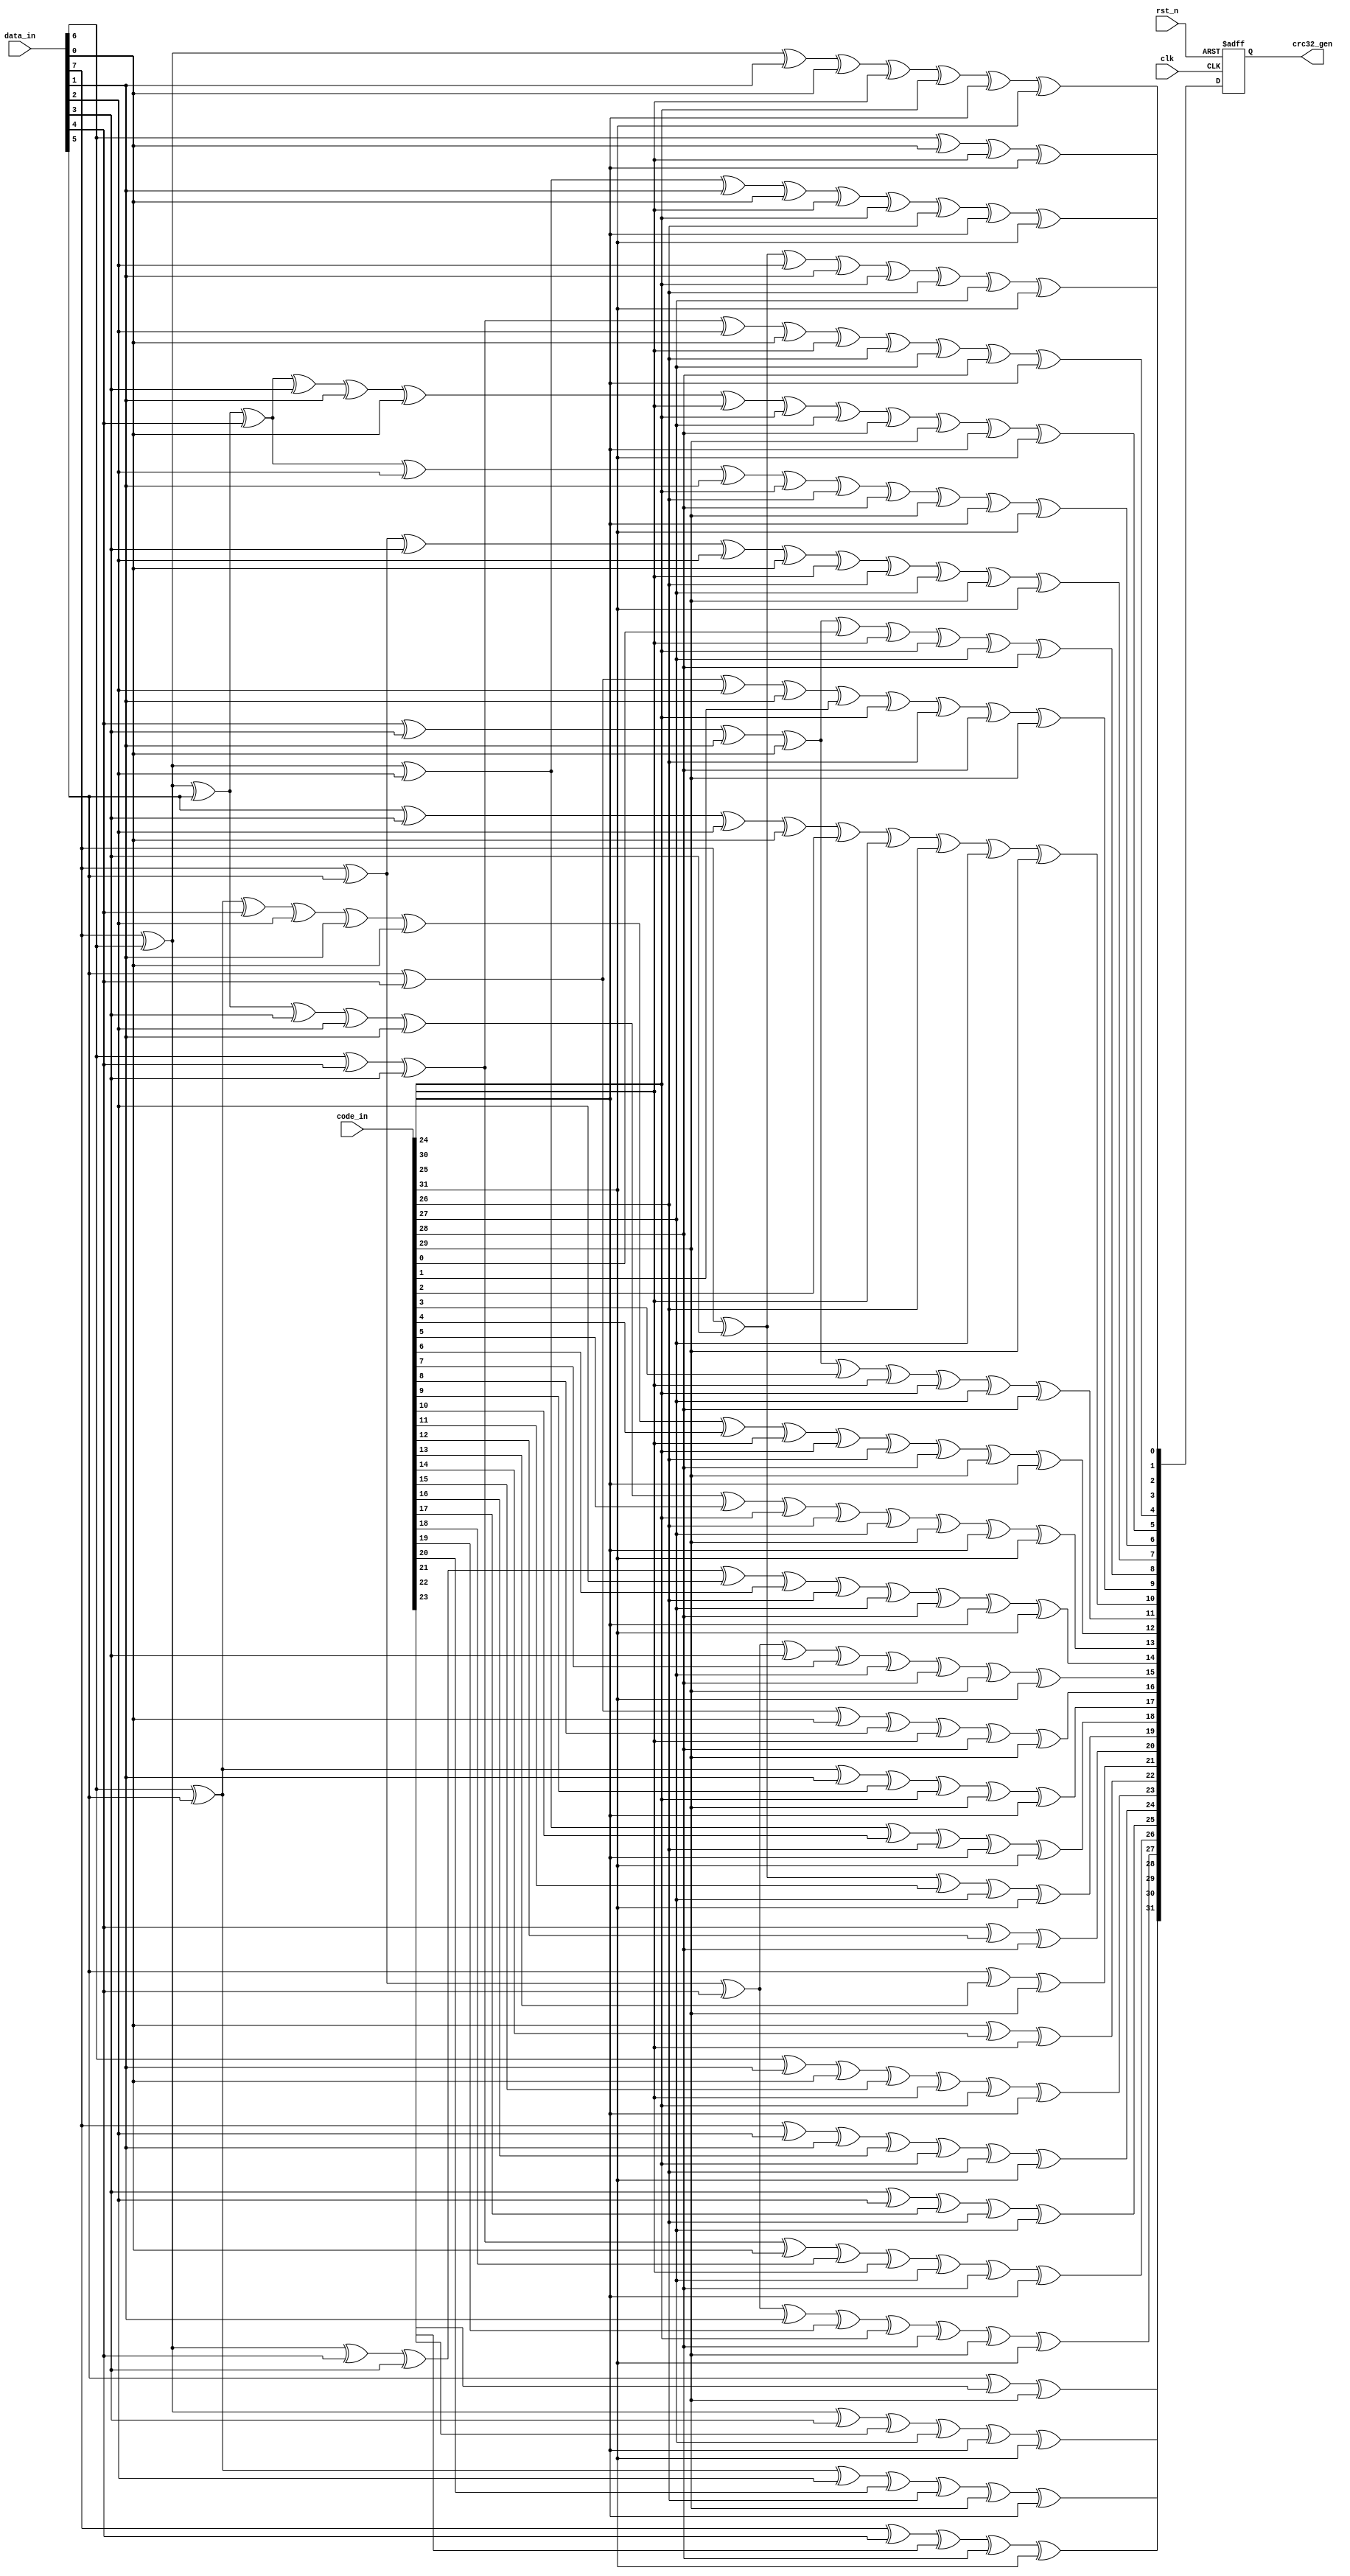
module CRC_32_parallel (
  input clk,
  input rst_n,
  input [7:0] data_in,
  input [31:0] code_in,
  output reg [31:0] crc32_gen
);

  always @(posedge clk or negedge rst_n) begin
    if (~rst_n) begin
      crc32_gen <= 32'hffffffff;
    end
    else begin
      // CRC Code Generate
      crc32_gen[0] <= data_in[6] ^ data_in[0] ^ code_in[24] ^ code_in[30];
      crc32_gen[1] <= data_in[7] ^ data_in[6] ^ data_in[1] ^ data_in[0] ^ code_in[24] ^ code_in[25] ^ code_in[30] ^ code_in[31];
      crc32_gen[2] <= data_in[7] ^ data_in[6] ^ data_in[2] ^ data_in[1] ^ data_in[0] ^ code_in[24] ^ code_in[25] ^ code_in[26] ^ code_in[30] ^ code_in[31];
      crc32_gen[3] <= data_in[7] ^ data_in[3] ^ data_in[2] ^ data_in[1] ^ code_in[25] ^ code_in[26] ^ code_in[27] ^ code_in[31];
      crc32_gen[4] <= data_in[6] ^ data_in[4] ^ data_in[3] ^ data_in[2] ^ data_in[0] ^ code_in[24] ^ code_in[26] ^ code_in[27] ^ code_in[28] ^ code_in[30];
      crc32_gen[5] <= data_in[7] ^ data_in[6] ^ data_in[5] ^ data_in[4] ^ data_in[3] ^ data_in[1] ^ data_in[0] ^ code_in[24] ^ code_in[25] ^ code_in[27] ^ code_in[28] ^ code_in[29] ^ code_in[30] ^ code_in[31];
      crc32_gen[6] <= data_in[7] ^ data_in[6] ^ data_in[5] ^ data_in[4] ^ data_in[2] ^ data_in[1] ^ code_in[25] ^ code_in[26] ^ code_in[28] ^ code_in[29] ^ code_in[30] ^ code_in[31];
      crc32_gen[7] <= data_in[7] ^ data_in[5] ^ data_in[3] ^ data_in[2] ^ data_in[0] ^ code_in[24] ^ code_in[26] ^ code_in[27] ^ code_in[29] ^ code_in[31];
      crc32_gen[8] <= data_in[4] ^ data_in[3] ^ data_in[1] ^ data_in[0] ^ code_in[0] ^ code_in[24] ^ code_in[25] ^ code_in[27] ^ code_in[28];
      crc32_gen[9] <= data_in[5] ^ data_in[4] ^ data_in[2] ^ data_in[1] ^ code_in[1] ^ code_in[25] ^ code_in[26] ^ code_in[28] ^ code_in[29];
      crc32_gen[10] <= data_in[5] ^ data_in[3] ^ data_in[2] ^ data_in[0] ^ code_in[2] ^ code_in[24] ^ code_in[26] ^ code_in[27] ^ code_in[29];
      crc32_gen[11] <= data_in[4] ^ data_in[3] ^ data_in[1] ^ data_in[0] ^ code_in[3] ^ code_in[24] ^ code_in[25] ^ code_in[27] ^ code_in[28];
      crc32_gen[12] <= data_in[6] ^ data_in[5] ^ data_in[4] ^ data_in[2] ^ data_in[1] ^ data_in[0] ^ code_in[4] ^ code_in[24] ^ code_in[25] ^ code_in[26] ^ code_in[28] ^ code_in[29] ^ code_in[30];
      crc32_gen[13] <= data_in[7] ^ data_in[6] ^ data_in[5] ^ data_in[3] ^ data_in[2] ^ data_in[1] ^ code_in[5] ^ code_in[25] ^ code_in[26] ^ code_in[27] ^ code_in[29] ^ code_in[30] ^ code_in[31];
      crc32_gen[14] <= data_in[7] ^ data_in[6] ^ data_in[4] ^ data_in[3] ^ data_in[2] ^ code_in[6] ^ code_in[26] ^ code_in[27] ^ code_in[28] ^ code_in[30] ^ code_in[31];
      crc32_gen[15] <= data_in[7] ^ data_in[5] ^ data_in[4] ^ data_in[3] ^ code_in[7] ^ code_in[27] ^ code_in[28] ^ code_in[29] ^ code_in[31];
      crc32_gen[16] <= data_in[5] ^ data_in[4] ^ data_in[0] ^ code_in[8] ^ code_in[24] ^ code_in[28] ^ code_in[29];
      crc32_gen[17] <= data_in[6] ^ data_in[5] ^ data_in[1] ^ code_in[9] ^ code_in[25] ^ code_in[29] ^ code_in[30];
      crc32_gen[18] <= data_in[7] ^ data_in[6] ^ data_in[2] ^ code_in[10] ^ code_in[26] ^ code_in[30] ^ code_in[31];
      crc32_gen[19] <= data_in[7] ^ data_in[3] ^ code_in[11] ^ code_in[27] ^ code_in[31];
      crc32_gen[20] <= data_in[4] ^ code_in[12] ^ code_in[28];
      crc32_gen[21] <= data_in[5] ^ code_in[13] ^ code_in[29];
      crc32_gen[22] <= data_in[0] ^ code_in[14] ^ code_in[24];
      crc32_gen[23] <= data_in[6] ^ data_in[1] ^ data_in[0] ^ code_in[15] ^ code_in[24] ^ code_in[25] ^ code_in[30];
      crc32_gen[24] <= data_in[7] ^ data_in[2] ^ data_in[1] ^ code_in[16] ^ code_in[25] ^ code_in[26] ^ code_in[31];
      crc32_gen[25] <= data_in[3] ^ data_in[2] ^ code_in[17] ^ code_in[26] ^ code_in[27];
      crc32_gen[26] <= data_in[6] ^ data_in[4] ^ data_in[3] ^ data_in[0] ^ code_in[18] ^ code_in[24] ^ code_in[27] ^ code_in[28] ^ code_in[30];
      crc32_gen[27] <= data_in[7] ^ data_in[5] ^ data_in[4] ^ data_in[1] ^ code_in[19] ^ code_in[25] ^ code_in[28] ^ code_in[29] ^ code_in[31];
      crc32_gen[28] <= data_in[6] ^ data_in[5] ^ data_in[2] ^ code_in[20] ^ code_in[26] ^ code_in[29] ^ code_in[30];
      crc32_gen[29] <= data_in[7] ^ data_in[6] ^ data_in[3] ^ code_in[21] ^ code_in[27] ^ code_in[30] ^ code_in[31];
      crc32_gen[30] <= data_in[7] ^ data_in[4] ^ code_in[22] ^ code_in[28] ^ code_in[31];
      crc32_gen[31] <= data_in[5] ^ code_in[23] ^ code_in[29];
    end
  end

endmodule